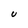
Character: U